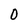
Character: O